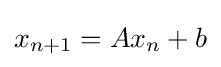
x_{n+1}=Ax_{n}+b